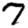
Digit: 7